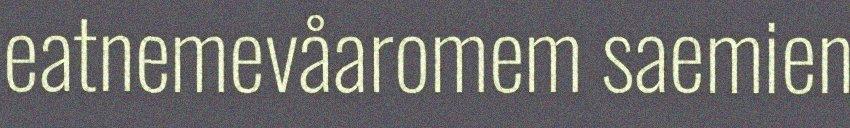
eatnemevåaromem saemien